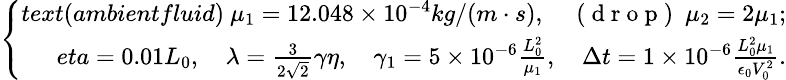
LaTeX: \small\left\{ \begin{array}{rl}{text{(ambientfluid)}\ \mu_{1}=12.048\times 10^{-4}kg/(m\cdot s),\quad\mathrm{~(~d~r~o~p~)~}\ \mu_{2}=2\mu_{1};}\\ {eta=0.01L_{0},\quad\lambda=\frac{3}{2\sqrt{2}}\gamma\eta,\quad\gamma_{1}=5\times 10^{-6}\frac{L_{0}^{2}}{\mu_{1}},\quad\Delta t=1\times 10^{-6}\frac{L_{0}^{2}\mu_{1}}{\epsilon_{0}V_{0}^{2}}.}\end{array}\right.